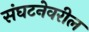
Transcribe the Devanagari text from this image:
संघटनेवरील